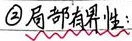
\textcircled{2}局部有界性：